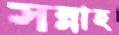
সন্নাহ